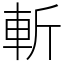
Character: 斬